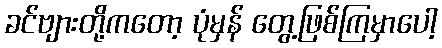
ခင်ဗျားတို့ကတော့ ပုံမှန် တွေ့ဖြစ်ကြမှာပေါ့